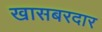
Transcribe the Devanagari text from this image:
खासबरदार